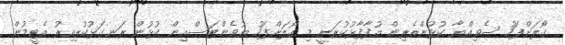
ގޯލަށްފަހު ސެވިއްޔާ ކުޅުންތެރިން އުފާފާޅުކުރަނީ މި ގޯލަށްފަހު ޔުވެންޓަސްއިން ކުޅުން ރަނގަޅުކުރިއިރު އެޓީމުން